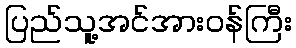
ပြည်သူ့အင်အားဝန်ကြီး